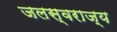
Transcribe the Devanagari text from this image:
जलस्वराज्य